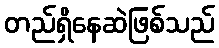
တည်ရှိနေဆဲဖြစ်သည်